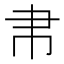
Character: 帇